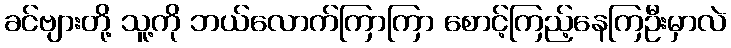
ခင်ဗျားတို့ သူ့ကို ဘယ်လောက်ကြာကြာ စောင့်ကြည့်နေကြဦးမှာလဲ